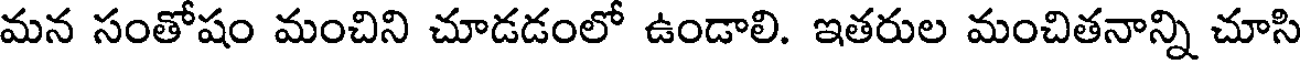
మన సంతోషం మంచిని చూడడంలో ఉండాలి. ఇతరుల మంచితనాన్ని చూసి